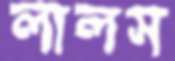
লালস